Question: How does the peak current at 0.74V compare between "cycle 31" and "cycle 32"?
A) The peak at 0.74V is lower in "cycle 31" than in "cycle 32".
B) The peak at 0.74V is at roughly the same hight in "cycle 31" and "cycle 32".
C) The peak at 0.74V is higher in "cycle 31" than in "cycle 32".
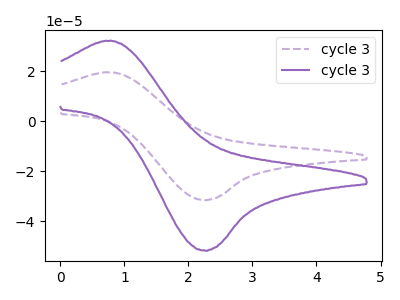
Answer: <think>The purple dashed curve "cycle 31" has an anodic peak at (0.75V, 19.55uA) and a cathodic peak at (2.25V, -31.55uA). The purple curve "cycle 32" has an anodic peak at (0.75V, 32.10uA) and a cathodic peak at (2.25V, -51.80uA).</think>
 <answer>A) The peak at 0.74V is lower in "cycle 31" than in "cycle 32".</answer>
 <eval>A</eval>